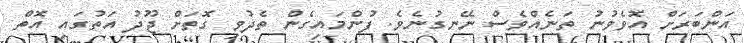
އަންބަރަށް އޮވެވުނު ތަނެއްވެސް ނޭނގުނެވެ. ފުންމައިގެން ތެދުވި ގޮތަށް ޖޫދު އަތުގައި އޮތް